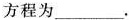
方程为___。